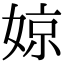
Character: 婛